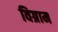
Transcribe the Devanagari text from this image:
विग्राम